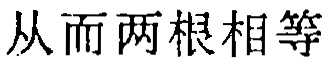
从而两根相等